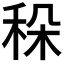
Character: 𥞛